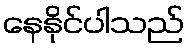
နေနိုင်ပါသည်